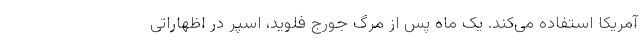
آمریکا استفاده می‌کند. یک ماه پس از مرگ جورج فلوید، اسپر در اظهاراتی